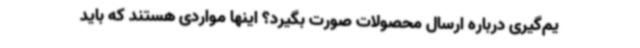
یم‌گیری درباره ارسال محصولات صورت بگیرد؟ اینها مواردی هستند که باید